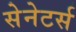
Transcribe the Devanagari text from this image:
सेनेटर्स